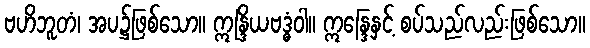
ဗဟိဘူတံ၊ အပ၌ဖြစ်သော။ ဣန္ဒြိယဗဒ္ဓံဝါ။ ဣန္ဒြေနှင့် စပ်သည်လည်းဖြစ်သော။